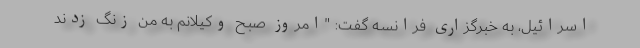
اسرائیل، به خبرگزاری فرانسه گفت: "امروز صبح وکیلانم به من زنگ زدند